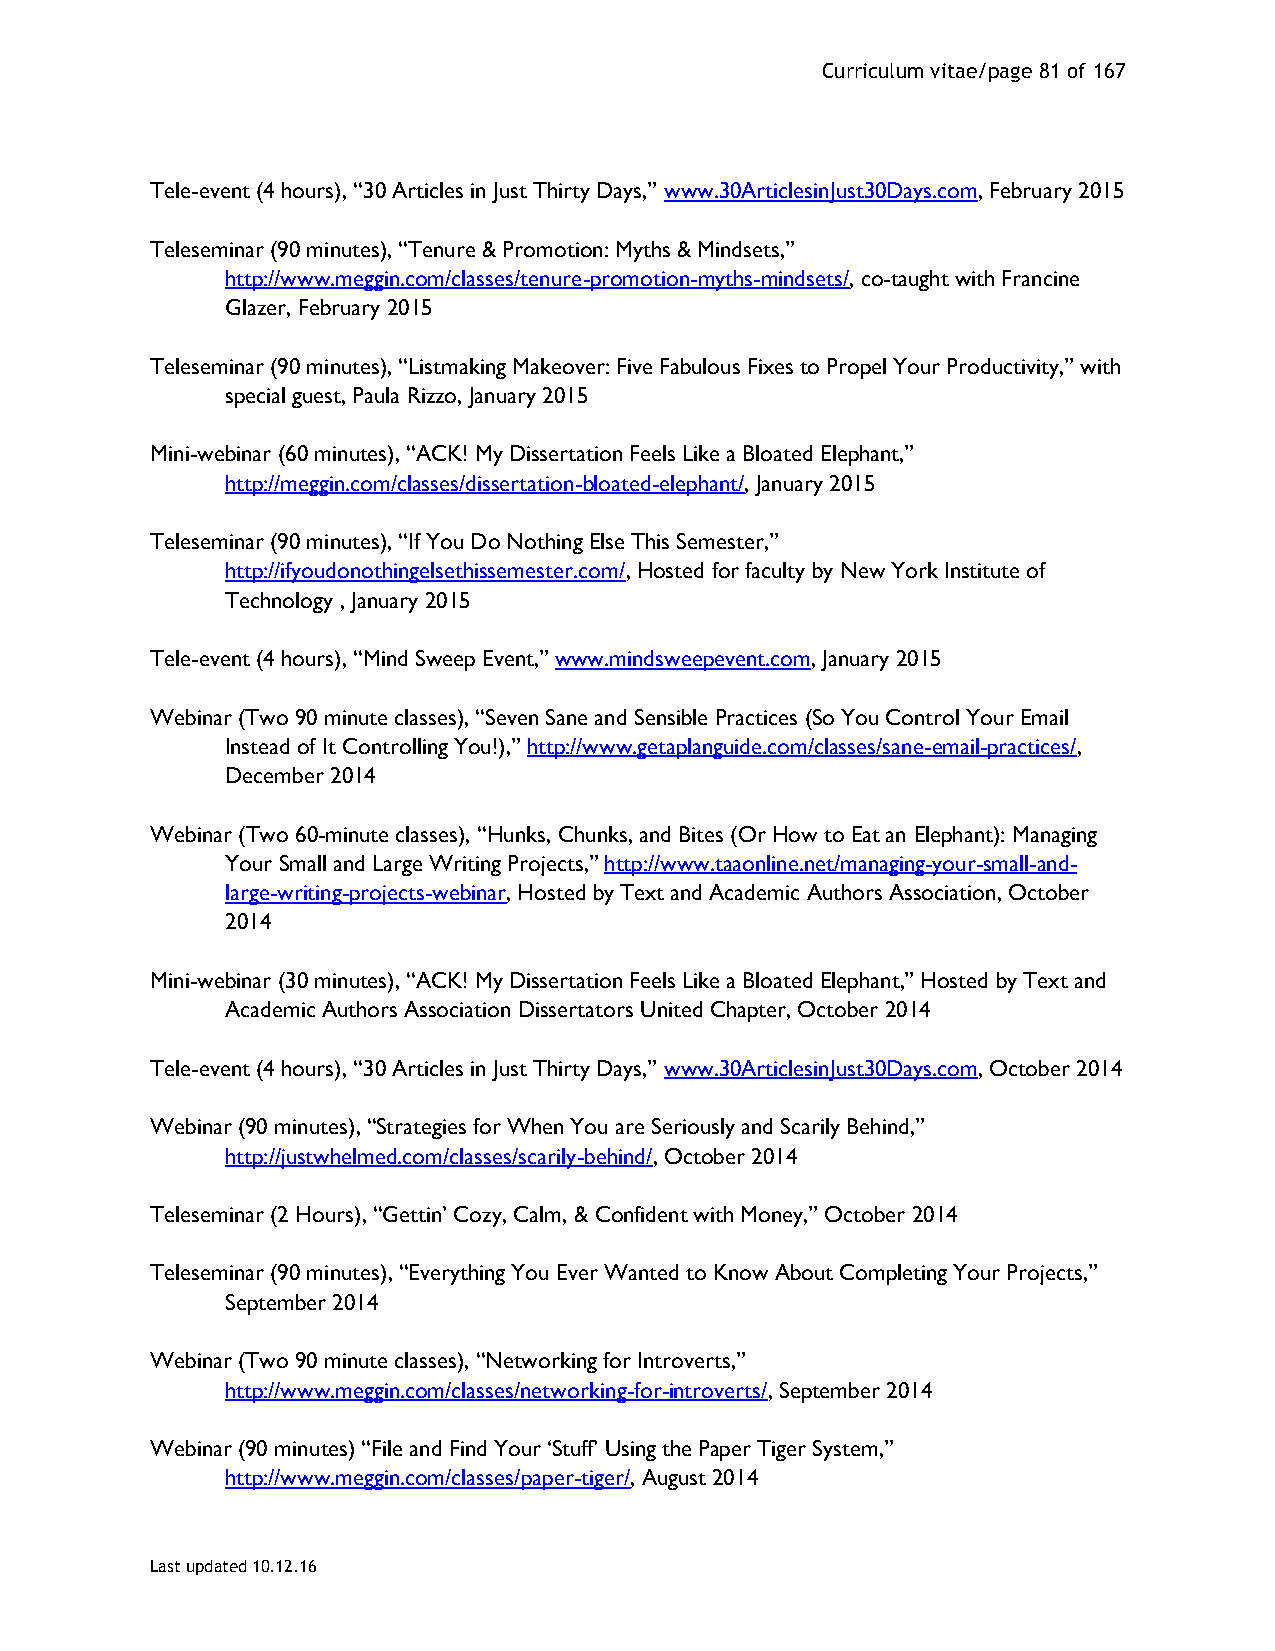
Curriculum vitae/page 81 of 167
 Tele-event (4 hours), “30 Articles in Just Thirty Days,” www.30ArticlesinJust30Days.com, February 2015
 Teleseminar (90 minutes), “Tenure & Promotion: Myths & Mindsets,”
 http://www.meggin.com/classes/tenure-promotion-myths-mindsets/, co-taught with Francine
 Glazer, February 2015
 Teleseminar (90 minutes), “Listmaking Makeover: Five Fabulous Fixes to Propel Your Productivity,” with
 special guest, Paula Rizzo, January 2015
 Mini-webinar (60 minutes), “ACK! My Dissertation Feels Like a Bloated Elephant,”
 http://meggin.com/classes/dissertation-bloated-elephant/, January 2015
 Teleseminar (90 minutes), “If You Do Nothing Else This Semester,”
 http://ifyoudonothingelsethissemester.com/, Hosted for faculty by New York Institute of
 Technology , January 2015
 Tele-event (4 hours), “Mind Sweep Event,” www.mindsweepevent.com, January 2015
 Webinar (Two 90 minute classes), “Seven Sane and Sensible Practices (So You Control Your Email
 Instead of It Controlling You!),” http://www.getaplanguide.com/classes/sane-email-practices/,
 December 2014
 Webinar (Two 60-minute classes), “Hunks, Chunks, and Bites (Or How to Eat an Elephant): Managing
 Your Small and Large Writing Projects,” http://www.taaonline.net/managing-your-small-and-
 large-writing-projects-webinar, Hosted by Text and Academic Authors Association, October
 2014
 Mini-webinar (30 minutes), “ACK! My Dissertation Feels Like a Bloated Elephant,” Hosted by Text and
 Academic Authors Association Dissertators United Chapter, October 2014
 Tele-event (4 hours), “30 Articles in Just Thirty Days,” www.30ArticlesinJust30Days.com, October 2014
 Webinar (90 minutes), “Strategies for When You are Seriously and Scarily Behind,”
 http://justwhelmed.com/classes/scarily-behind/, October 2014
 Teleseminar (2 Hours), “Gettin’ Cozy, Calm, & Confident with Money,” October 2014
 Teleseminar (90 minutes), “Everything You Ever Wanted to Know About Completing Your Projects,”
 September 2014
 Webinar (Two 90 minute classes), “Networking for Introverts,”
 http://www.meggin.com/classes/networking-for-introverts/, September 2014
 Webinar (90 minutes) “File and Find Your ‘Stuff’ Using the Paper Tiger System,”
 http://www.meggin.com/classes/paper-tiger/, August 2014
 Last updated 10.12.16